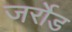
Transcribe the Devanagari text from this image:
जर्रोड